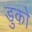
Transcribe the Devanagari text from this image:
डुको